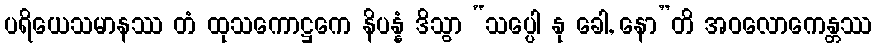
ပရိယေသမာနဿ တံ ထုသကောဋ္ဌကေ နိပန္နံ ဒိသွာ “သပ္ပေါ နု ခေါ, နော”တိ အဝလောကေန္တဿ